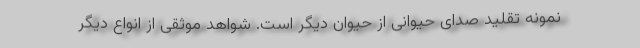
نمونه‌ تقلید صدای حیوانی از حیوان دیگر است. شواهد موثقی از انواع دیگر